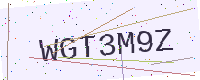
Text: WGT3M9Z